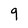
Character: 9